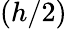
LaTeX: (h/2)